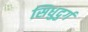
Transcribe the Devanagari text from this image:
सिधुदुर्ग